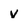
Character: v